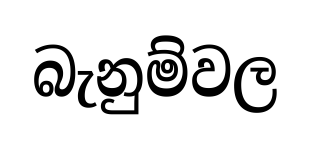
බැනුම්වල